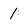
Character: 1